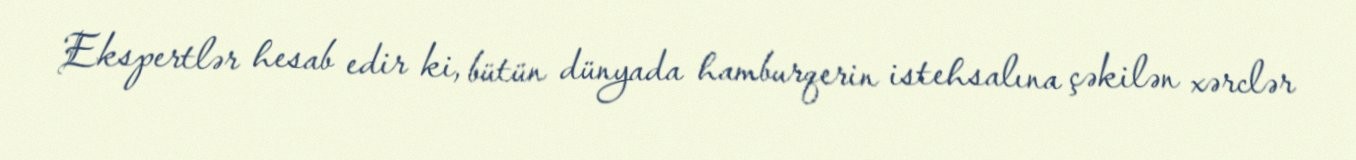
Ekspertlər hesab edir ki, bütün dünyada hamburqerin istehsalına çəkilən xərclər